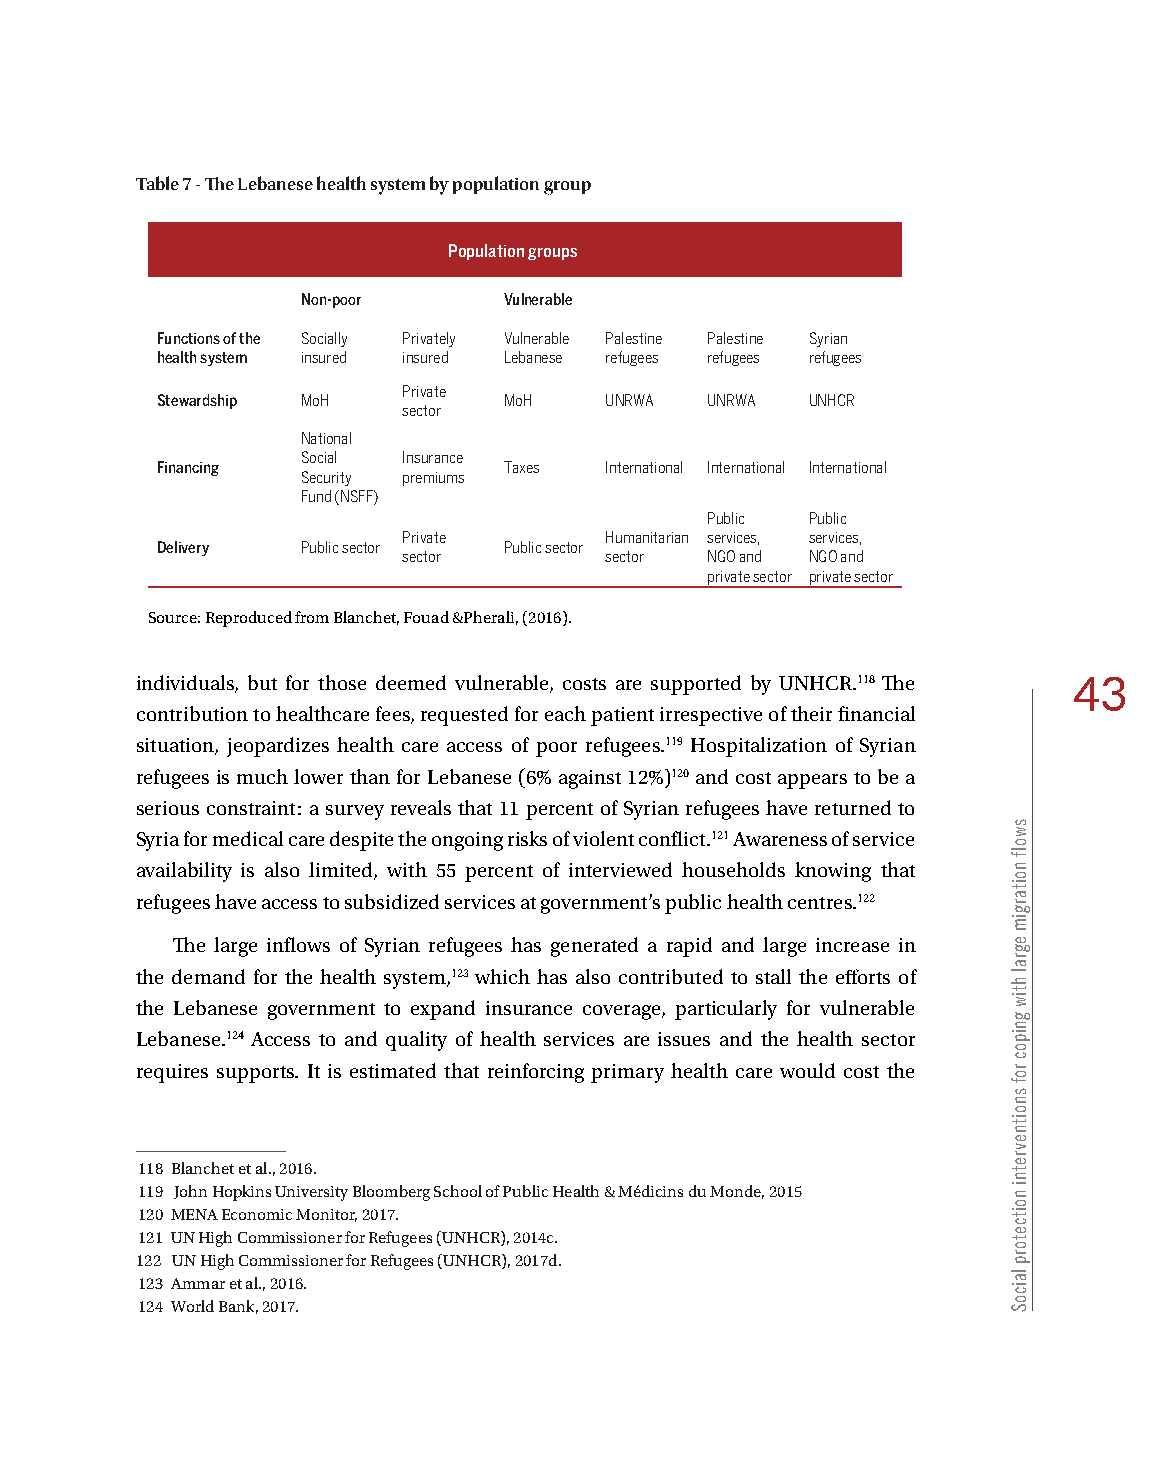
Table 7 - The Lebanese health system by population group
 Population groups
 Non-poor     Vulnerable
 Functions of the Socially Privately Vulnerable Palestine Palestine Syrian
 health system insured insured Lebanese refugees refugees refugees
 Private
 Stewardship MoH        MoH    UNRWA  UNRWA  UNHCR
 sector
 National
 Social Insurance
 Financing              Taxes  International International International
 Security premiums
 Fund (NSFF)
 Public Public
 Private      Humanitarian services, services,
 Delivery  Public sector Public sector
 sector       sector NGO and NGO and
 private sector private sector
 Source: Reproduced from Blanchet, Fouad &Pherali, (2016).
 individuals, but for those deemed vulnerable, costs are supported by UNHCR.118 The 43
 contribution to healthcare fees, requested for each patient irrespective of their financial
 situation, jeopardizes health care access of poor refugees.119 Hospitalization of Syrian
 refugees is much lower than for Lebanese (6% against 12%)120 and cost appears to be a
 serious constraint: a survey reveals that 11 percent of Syrian refugees have returned to
 Syria for medical care despite the ongoing risks of violent conflict.121 Awareness of service
 availability is also limited, with 55 percent of interviewed households knowing that
 refugees have access to subsidized services at government’s public health centres.122
 The large inflows of Syrian refugees has generated a rapid and large increase in
 the demand for the health system,123 which has also contributed to stall the efforts of
 the Lebanese government to expand insurance coverage, particularly for vulnerable
 Lebanese.124 Access to and quality of health services are issues and the health sector
 requires supports. It is estimated that reinforcing primary health care would cost the
 118 Blanchet et al., 2016.
 119 John Hopkins University Bloomberg School of Public Health & Médicins du Monde, 2015
 120 MENA Economic Monitor, 2017.
 121 UN High Commissioner for Refugees (UNHCR), 2014c.
 122 UN High Commissioner for Refugees (UNHCR), 2017d.
 123 Ammar et al., 2016.
 124 World Bank, 2017.
 swolf
 noitargim
 egral
 htiw
 gnipoc
 rof
 snoitnevretni
 noitcetorp
 laicoS